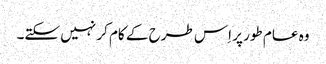
وہ عام طور پر اِس طرح کے کام کر نہیں سکتے۔